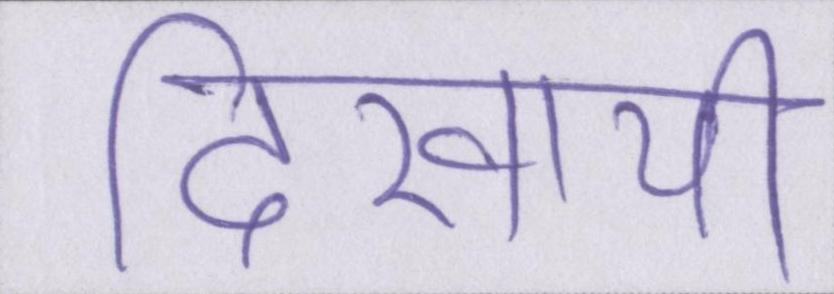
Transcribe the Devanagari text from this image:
दिखायी